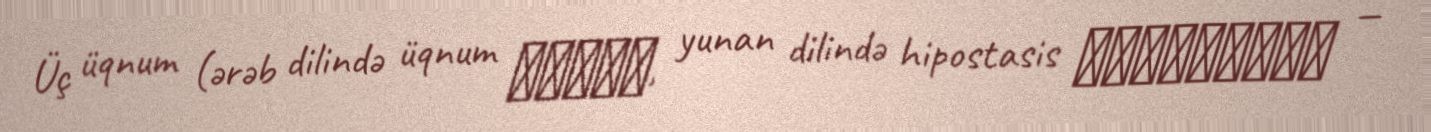
Üç üqnum (ərəb dilində üqnum أقنوم, yunan dilində hipostasis ὑπόστᾰσις —